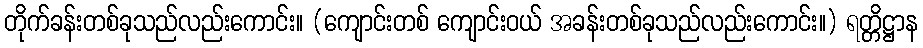
တိုက်ခန်းတစ်ခုသည်လည်းကောင်း။ (ကျောင်းတစ် ကျောင်းဝယ် အခန်းတစ်ခုသည်လည်းကောင်း။) ရတ္တိဋ္ဌာန